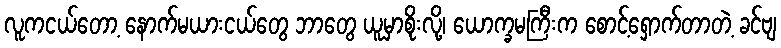
လူကငယ်တော့ နောက်မယားငယ်တွေ ဘာတွေ ယူမှာစိုးလို့၊ ယောက္ခမကြီးက စောင့်ရှောက်တာတဲ့ ခင်ဗျ